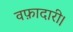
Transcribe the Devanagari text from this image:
वफ़ादारी।